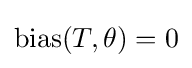
\operatorname {bias} (T,\theta )=0